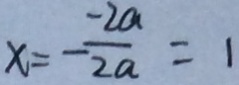
x = - \frac { - 2 a } { 2 a } = 1